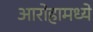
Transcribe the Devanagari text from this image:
आरोहामध्ये